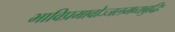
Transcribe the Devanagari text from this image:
भाविप्रमावोज्जलमव्यबुद्धिः